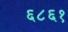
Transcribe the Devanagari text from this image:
६८६१